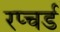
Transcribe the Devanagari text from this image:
रप्चर्ड